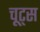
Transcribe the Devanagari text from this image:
चूट्स